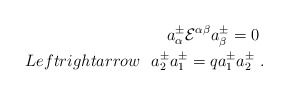
\begin{align*}a^\pm_\alpha{\cal E}^{\alpha\beta}a^\pm_\beta =0\ \\Leftrightarrow \ \ a^{\pm}_2a^{\pm}_1=qa^{\pm}_1a^{\pm}_2\ .\end{align*}